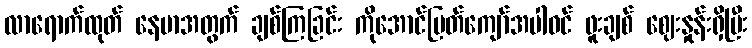
လာရောက်ထုတ် နေမာအတွက် ချစ်ကြခြင်း ကိုအောင်မြတ်ကျော်အပါဝင် ဖူးချစ် ဈေးနှုန်းရှိပြီး